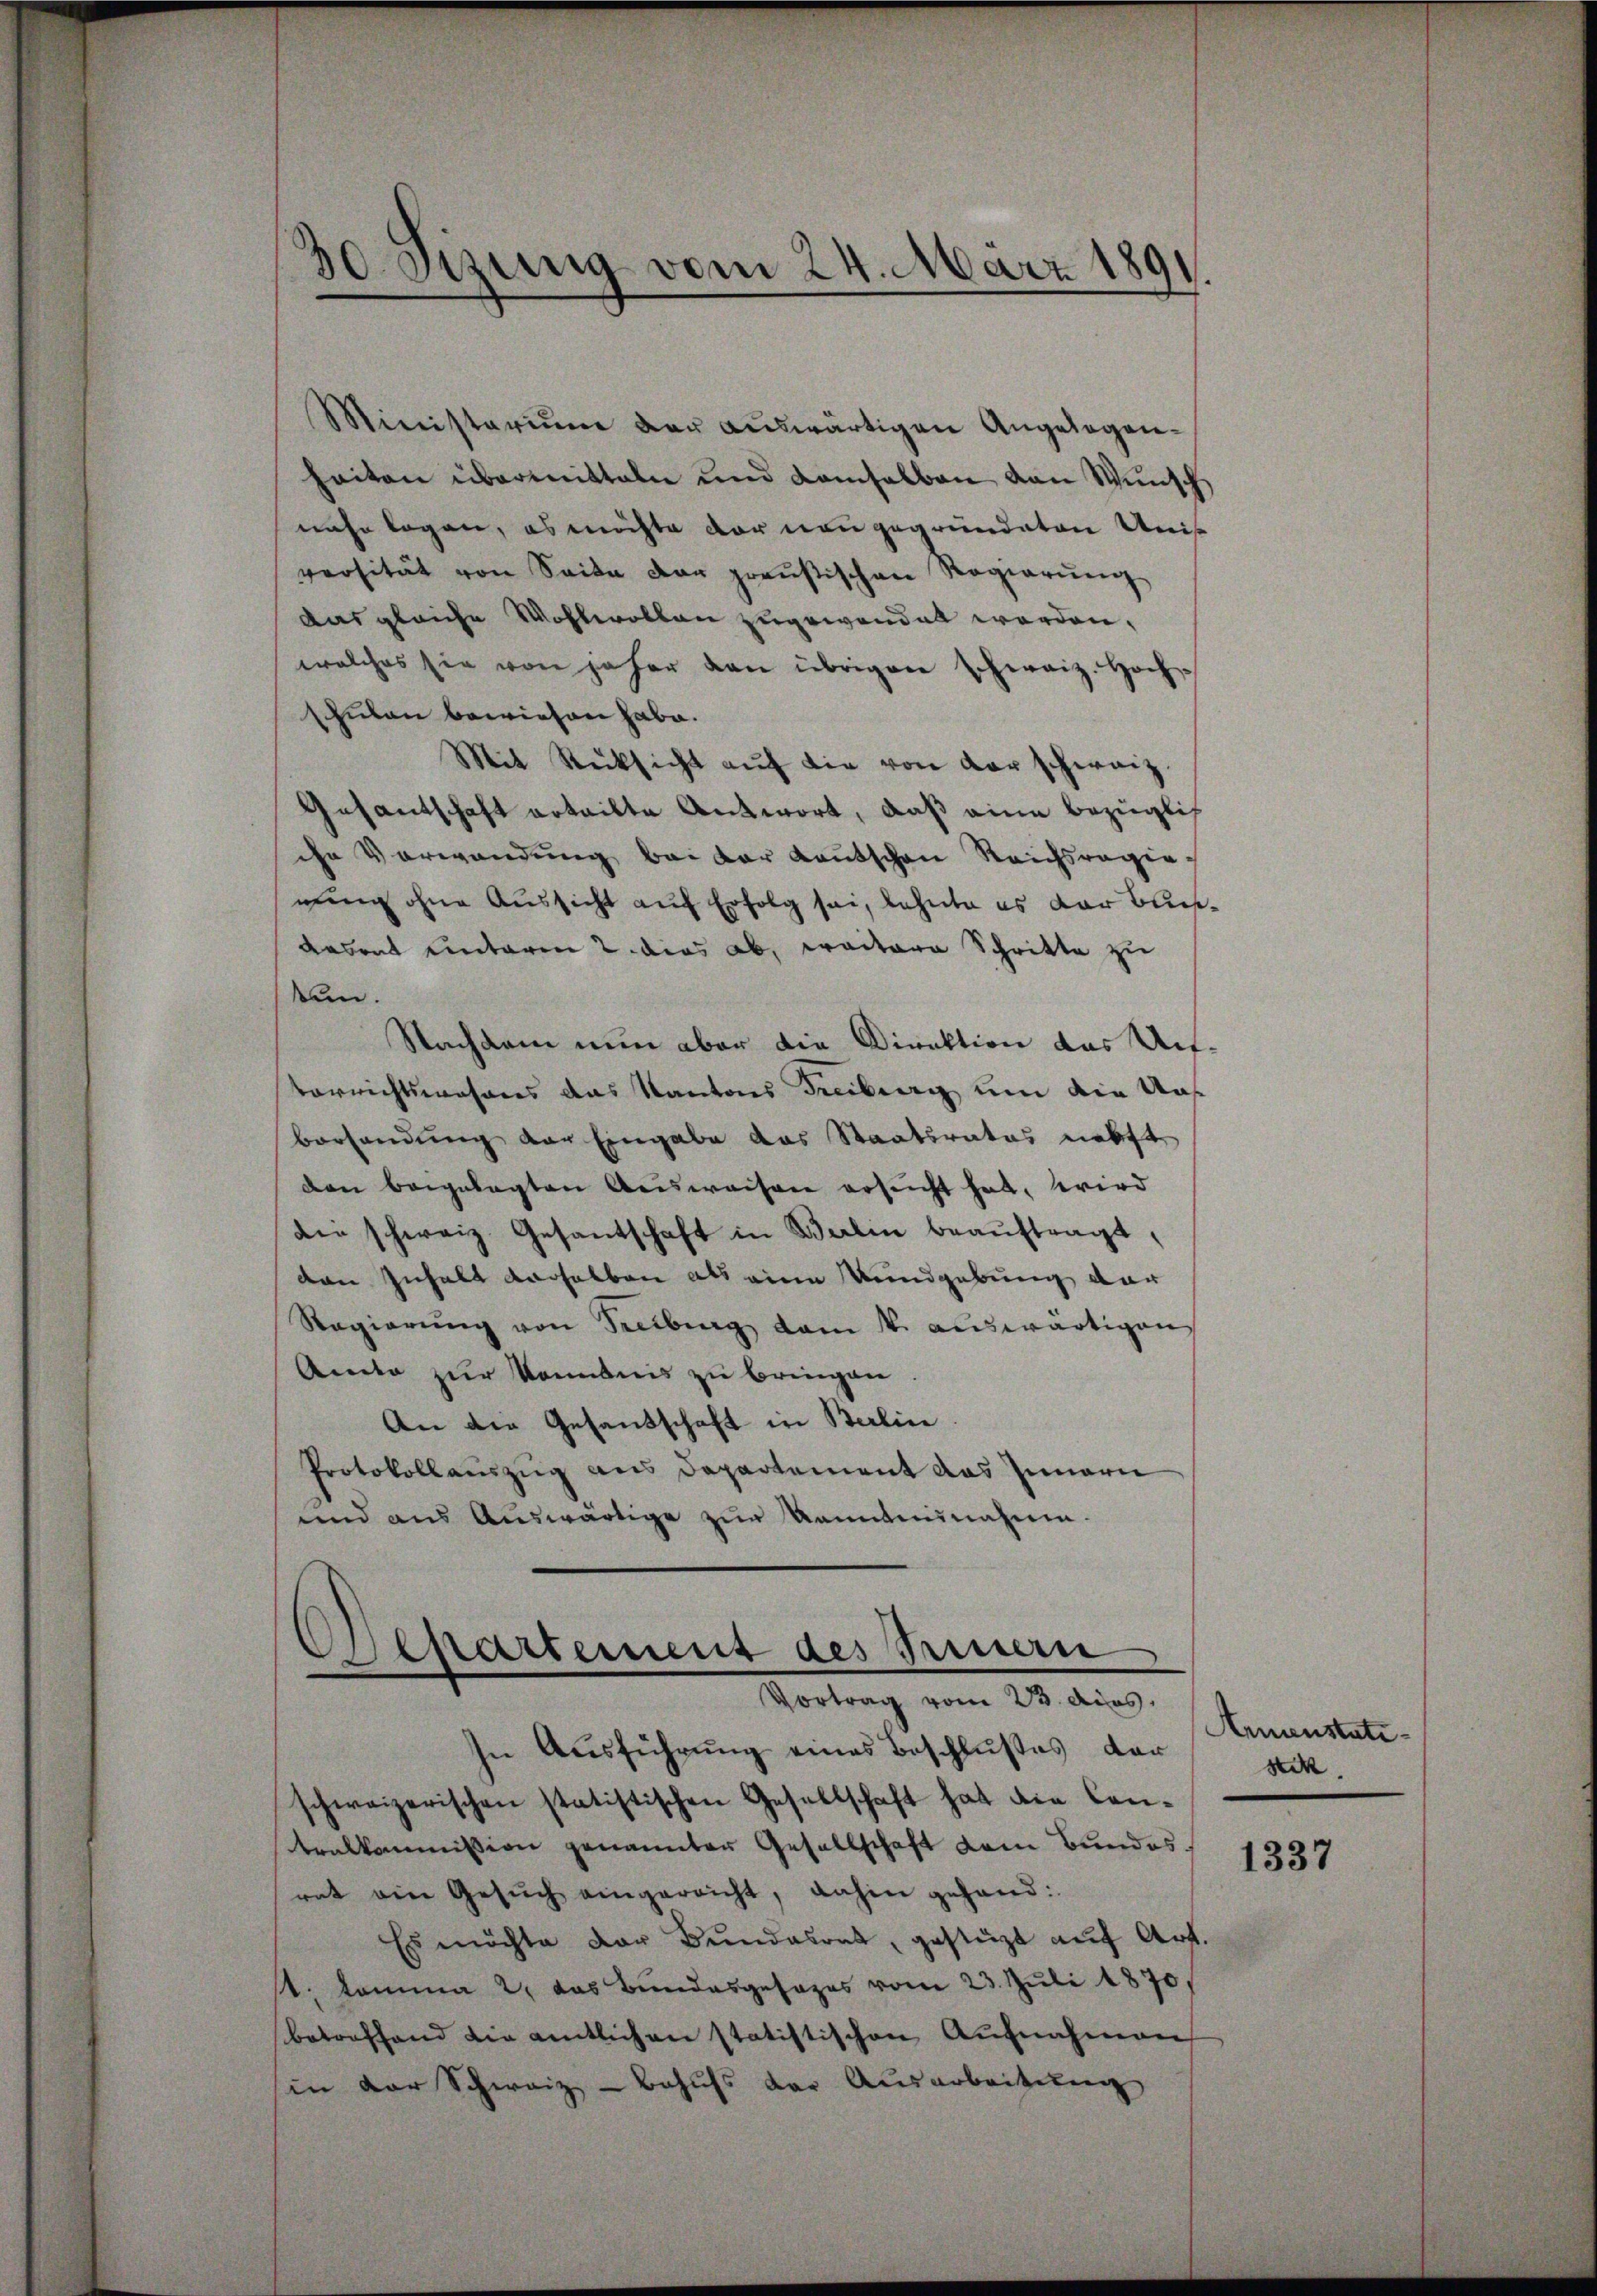
Ministerium der auswärtigen Angelegen-
heiten übermitteln und Kamselben von Wunsch
nahe logen, es möchte der nangegründeten Uni
versität von Seite der preußischen Regierung
Das gleiche Wohlwollen zugewendet werden,
welches sie von jeher den übrigen schweiz. Hoch-
Eulen bewiesen habe.
Mit Rücksicht auf die von der schweiz.
Gesantschaft erteilte Antwort, daß eine bezüglich
che Verwendung bei der Kautschen Reichsregienung ohne Aussicht auf Erfolg sei, lehnte es der Bundesrat unterm 2. dies ab, weitere Schritte zu
kan.
Nachdem nun aber die Direktion des Ant.
Verrichtswesens das Kantons Freiburg um die Ausvorhandung der Eingabe das Staatsrates nebst
den beigelegten Ausweisen ersucht hat, wird
dir schweiz. Gesantschaft in Berlin beaŭftragt,
den Inhalt derselben als eine Rundgebung der
Regierung von Seibung vom 1. auswärtigen
Amte zur Kenntnis zu bringen
An die Gesandschaft in Berlin
Protokollauszug aus Departement das Innern
und aus Auswärtige zur kanntennahmen.

30sizung vom 24. März 189

)
Oaspartement des Treuern
Vortrag vom 23. dies

In Ausführung eines Beschlußes der
schweizerischen statistischen Gesellschaft hat die Contralkommission genannter Gesellschaft dem Bundesrat ein Gesŭch eingereicht, dahin gehand¬
Es möchte der Bŭndesrat, gestützt aŭf Art.
s. komma 2 das Bundesgesages vom 23. Juli 1870/
betreffend die amtlichen statistischen Aufnahmen
sin der Schweiz - Behufs der Ausarbeitung

Armenstatistik.

1337